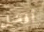
أفضل